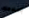
بسلاحك